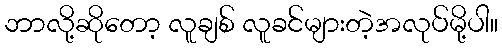
ဘာလို့ဆိုတော့ လူချစ် လူခင်များတဲ့အလုပ်မို့ပါ။